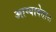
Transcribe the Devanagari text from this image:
आग्यावेताळ